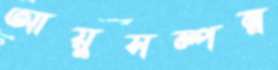
আয়ুসম্পন্ন